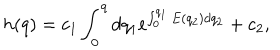
h ( q ) = c _ { 1 } \int _ { 0 } ^ { q } d q _ { 1 } e ^ { \int _ { 0 } ^ { q _ { 1 } } E ( q _ { 2 } ) d q _ { 2 } } + c _ { 2 } ,